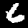
Label: 6